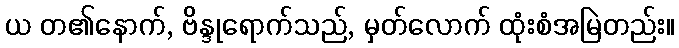
ယ တ၏နောက်, ဗိန္ဒုရောက်သည်, မှတ်လောက် ထုံးစံအမြဲတည်း။